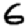
Digit: 6